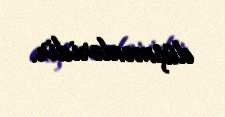
düşmənləridir.